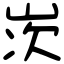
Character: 𡷑